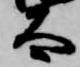
太